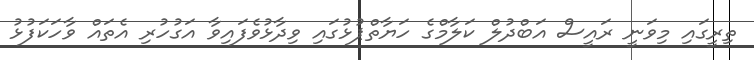
ތިރީގައި މިވަނީ ރައީސް އަބްދުލް ކަލާމްގެ ހަޔާތްޕުޅުގައި ވިދާޅުވެފައިވާ އަގުހުރި އެތައް ވާހަކަފުޅު